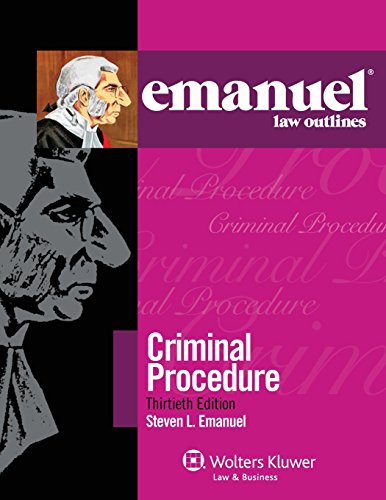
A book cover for Emanuel Law Outlines: Criminal Procedure, Thirtieth Edition; Steven L. Emanuel; Law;